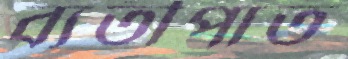
ব্যতীপাত